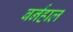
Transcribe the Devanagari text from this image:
बर्नहाल